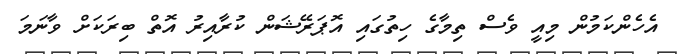
އެހެންކަމުން މިއީ ވެސް ތިމާގެ ހިތުގައި އޮޕަރޭޝަން ކުރާއިރު އޮތް ބިރަކަށް ވާނަމަ